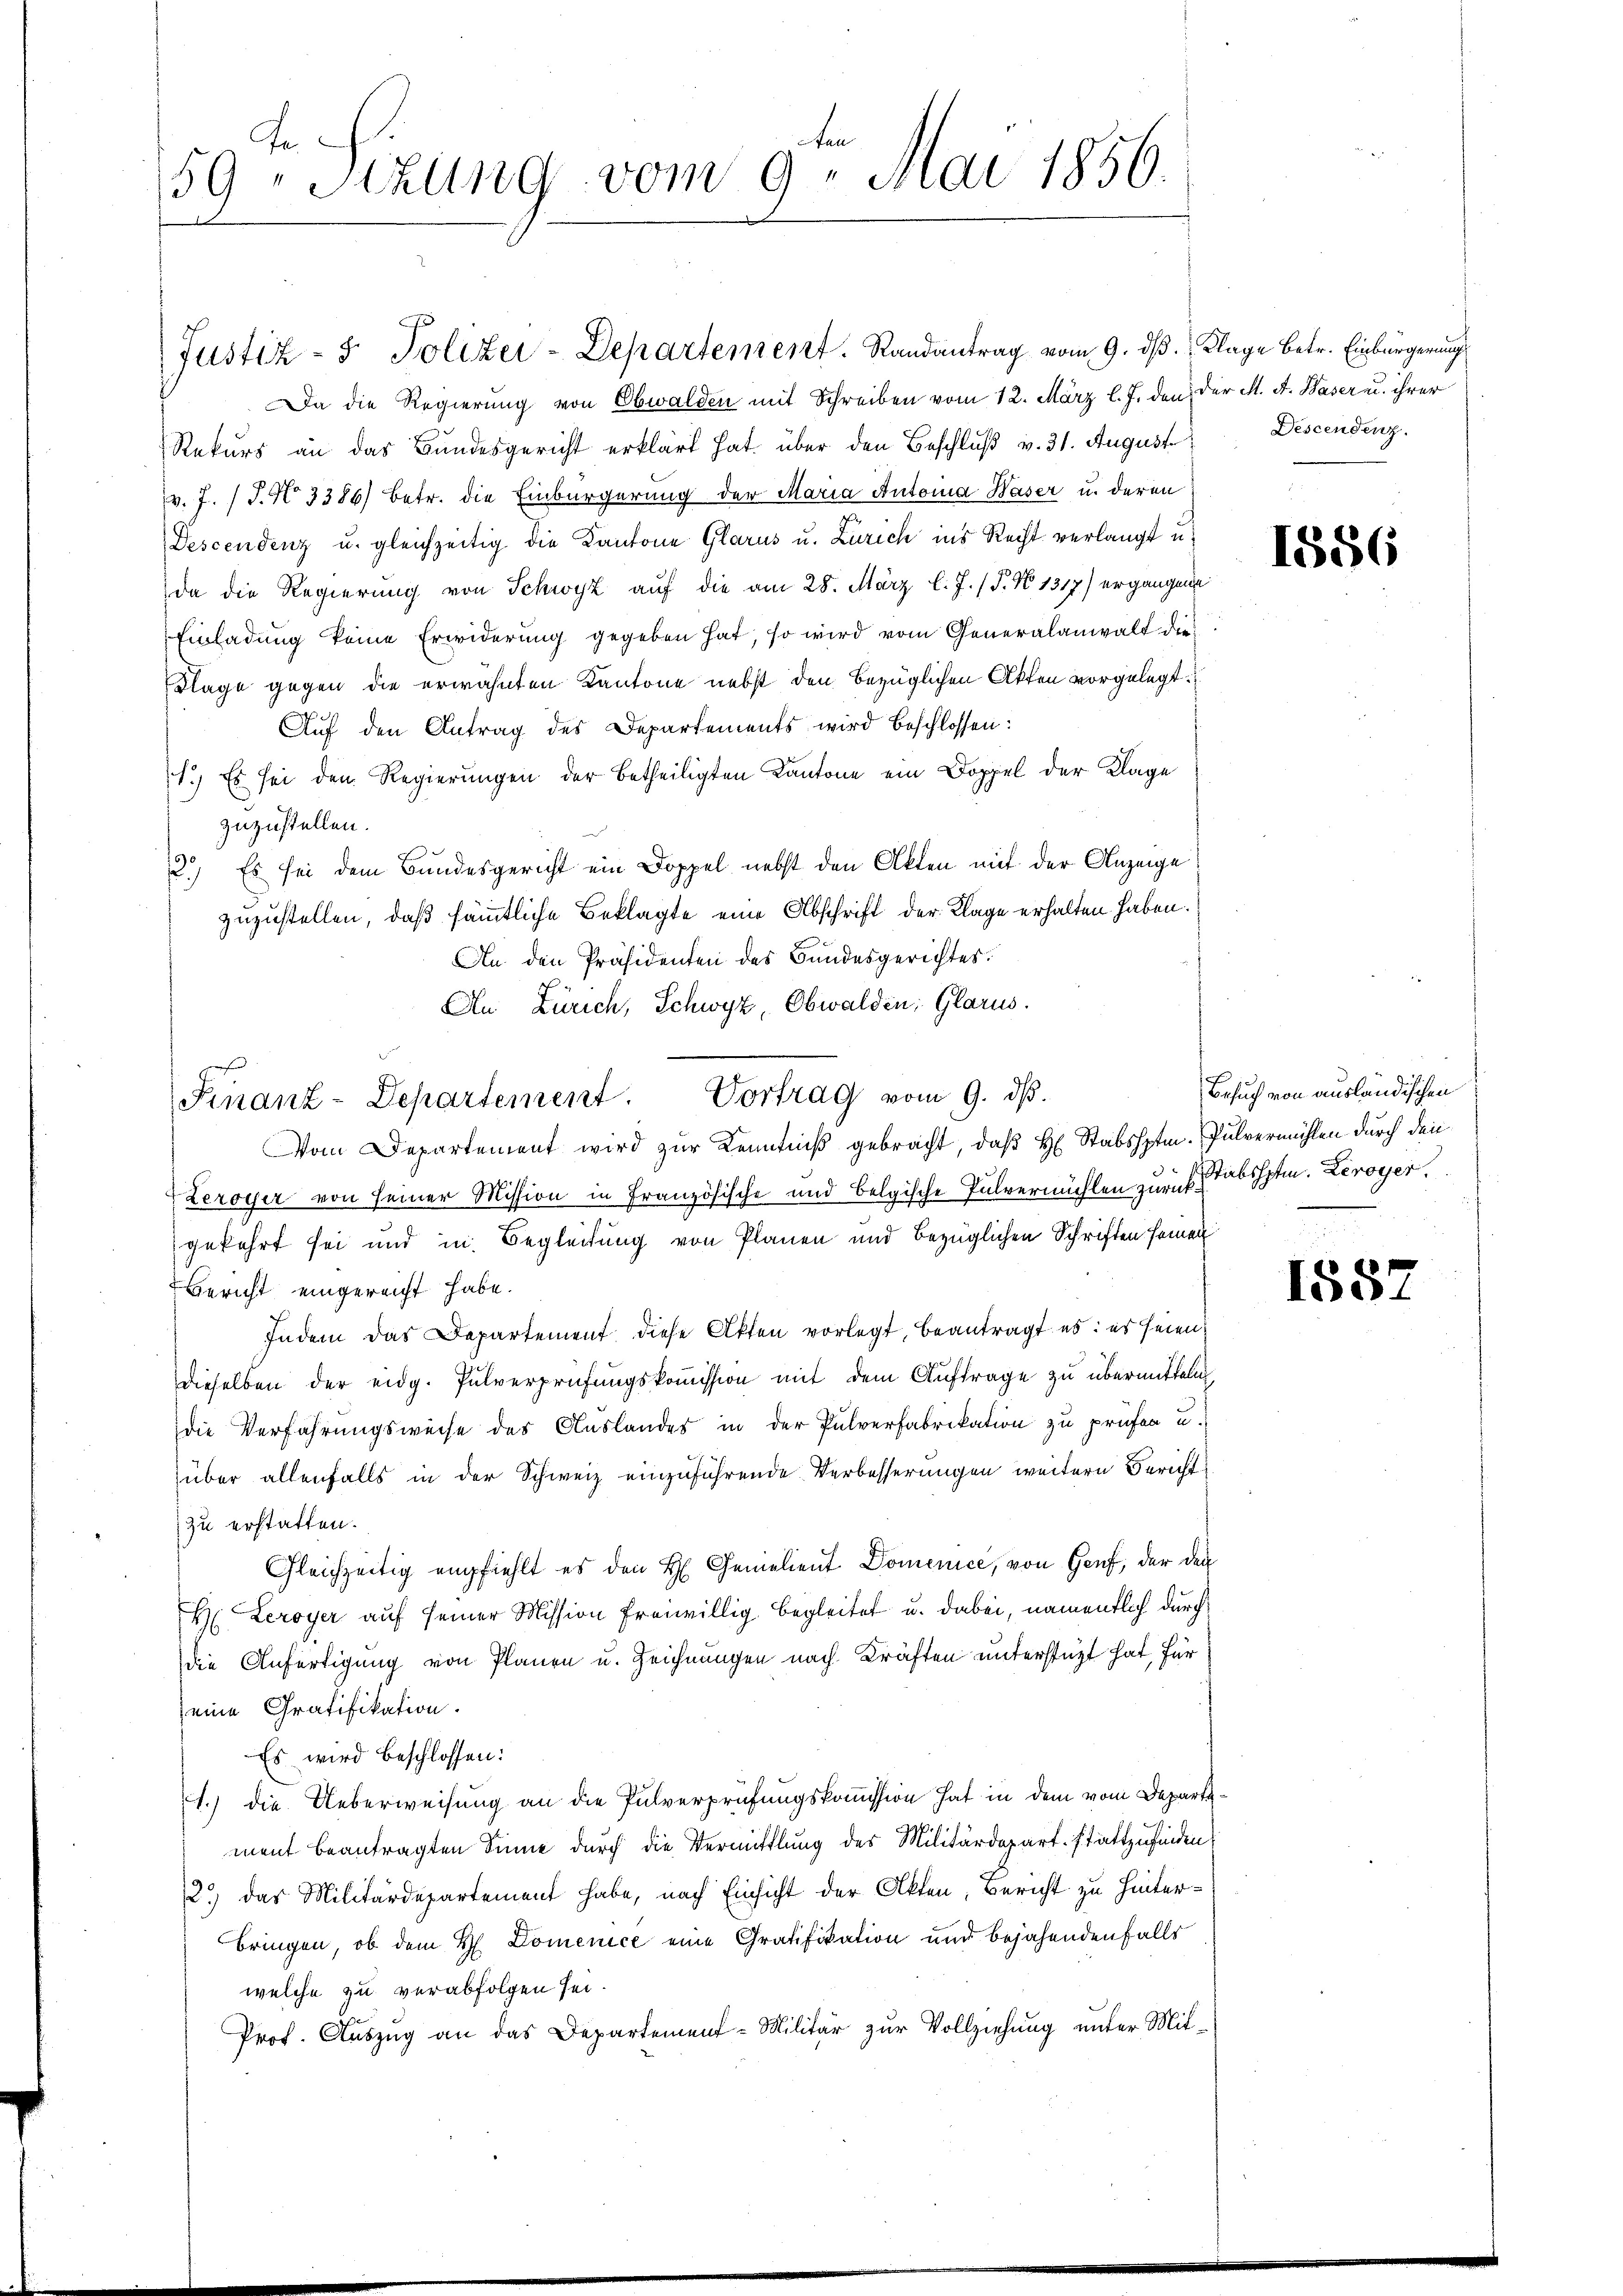
59ten Sizung vom 9. Mai 1856.

Justiz- & Polizei-Departement. Randantrag vom 9. dβ. Klage betr. Einbürgerung
Da die Regierung von Obwalden mit Schreiben vom 12. März l. J. den der M. A. Waser u. ihrer
Rekurs an das Bundesgericht erklärt hat. über den Beschlŭβ v. 31. August. Descendenz.
v. J. J. N. 3386) betr. die Einbürgerung der Maria Automa Häser u. deren
Descendenz u. gleichzeitig die Kantone Glarus u. Zürich ins Recht verlangt u.
da die Regierung von Schwyz auf die am 28. März l. J. (T. No 1317) ergangene
Einladung keine Erwiderung gegeben hat, so wird vom Generalanwalt die¬
Klage gegen die erwähnten Kantone nebst den bezüglichen Akten vorgelegt.
Aŭf den Antrag des Departements wird beschlossen:
1.) Es sei den Regierungen der betheiligten Kantone ein Doppel der Klage
zuzustellen.
2.) Es sei dem Bundesgericht ein Doppel nebst den Akten mit der Anzeige
zuzustellen, daß sämmtliche Beklagte eine Abschrift der Klage erhalten haben.
An den Präsidenten des Bundesgerichtes.
An Zürich, Schwyz, Obwalden; Glarus.
Vom Departement wird zur Kenntniß gebracht, daß H. Stabshptm. Pulvermühlen durch den
Leroyer von seiner Mission in Französische und belgische Pulvermühlen zurückbehptm. Leroyer.
gekehrt sei und in Begleitung von Planen und bezüglichen Schriften seinen
Gericht eingereicht habe.
Indem das Departement diese Akten vorlegt, beantragt es: es seien
dieselben der eidg. Pulverprüfungskommission mit dem Auftrage zu übermitteln,
die Verfahrungsweise des Auslandes in der Pulverfabrikation zu prüfen u.
über allenfalls in der Schweiz einzuführende Verbesserungen weitern Bericht
zu erstatten.
Gleichzeitig empfiehlt es den H. Gemalient Domenice, von Hanf, der den
H Leroyer auf seiner Mission freiwillig begleitet u. dabei, namentlich durch
die Anfertigung von Planen u. Zeichnungen nach Kräften unterstüzt hat, für
eine Gratifikation.
Es wird beschlossen:
1.) die Ueberweisung an die Pulverprüfungskommission hat in dem vom Departe.
ment beantragten Sinne durch die Vermittlung des Militärdepart stattzufinden,
2.) Das Militärdepartement habe, nach Einsicht der Akten, Bericht zu hinterbringen, ob dem H. Domenice eine Gratifikation und bejahendenfalls
welche zu verabfolgen sei.
Prof. Auszug an das Departement-Militär zur Vollziehung unter Mit¬

Finanz-Departement. Vortrag vom 9. ds.

1856

Besuch von ausländischen

1582